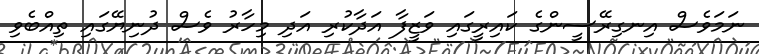
ނަމަވެސް އިނގިރޭސީންގެ ކައިރީގައި ވަޒީފާ އަދާކުރި އަދި މިހާރު ވެސް ދުނިޔޭގައި ތިއްބެވި